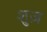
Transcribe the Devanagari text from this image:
शुज़